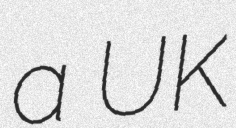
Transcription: a UK